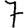
Digit: 7